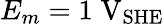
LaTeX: E_{m}=1\; \mathrm{V}_{\mathrm{SHE}}